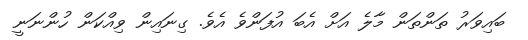
ބައިވަރު ތަންތަން މާލެ އަށް އެބަ އުފަންވެ އެވެ. ގިނައިން ވިއްކަން ހުންނަނީ